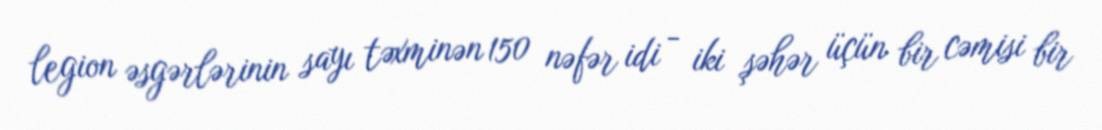
legion əsgərlərinin sayı təxminən 150 nəfər idi - iki şəhər üçün bir cəmisi bir